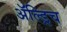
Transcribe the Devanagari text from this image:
ॲल्ड्रिच